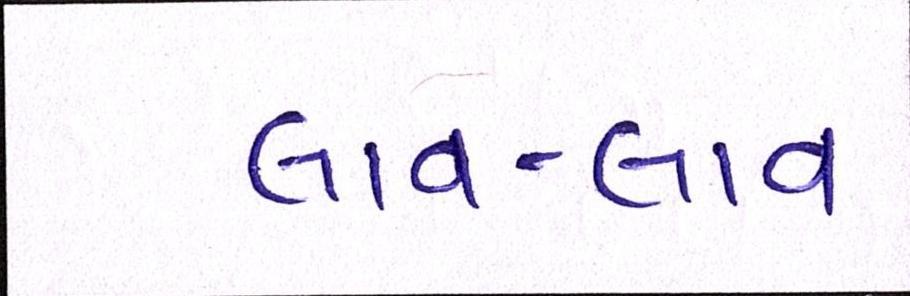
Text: લાવ-લાવ